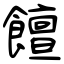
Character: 饘